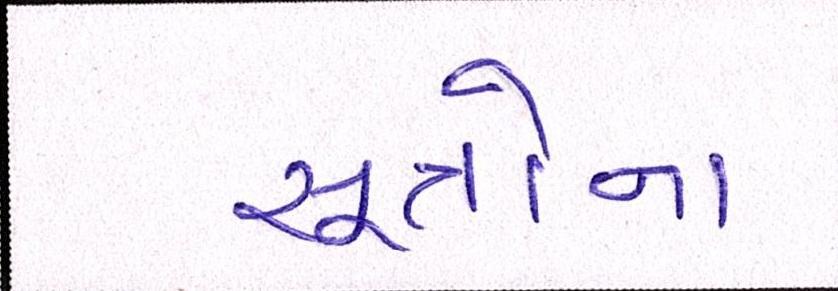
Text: સૂત્રોના